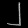
Digit: ၂